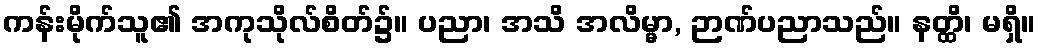
ကန်းမိုက်သူ၏ အကုသိုလ်စိတ်၌။ ပညာ၊ အသိ အလိမ္မာ, ဉာဏ်ပညာသည်။ နတ္ထိ၊ မရှိ။